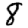
Digit: 8